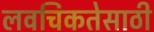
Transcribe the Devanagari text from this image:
लवचिकतेसाठी